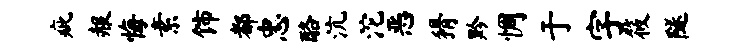
疵赧悔素饰都忠酪沆沱恶猾黔惆于字筱隧